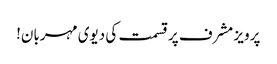
پرویز مشرف پرقسمت کی دیوی مہربان!